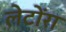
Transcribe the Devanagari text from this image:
लेटोंरा